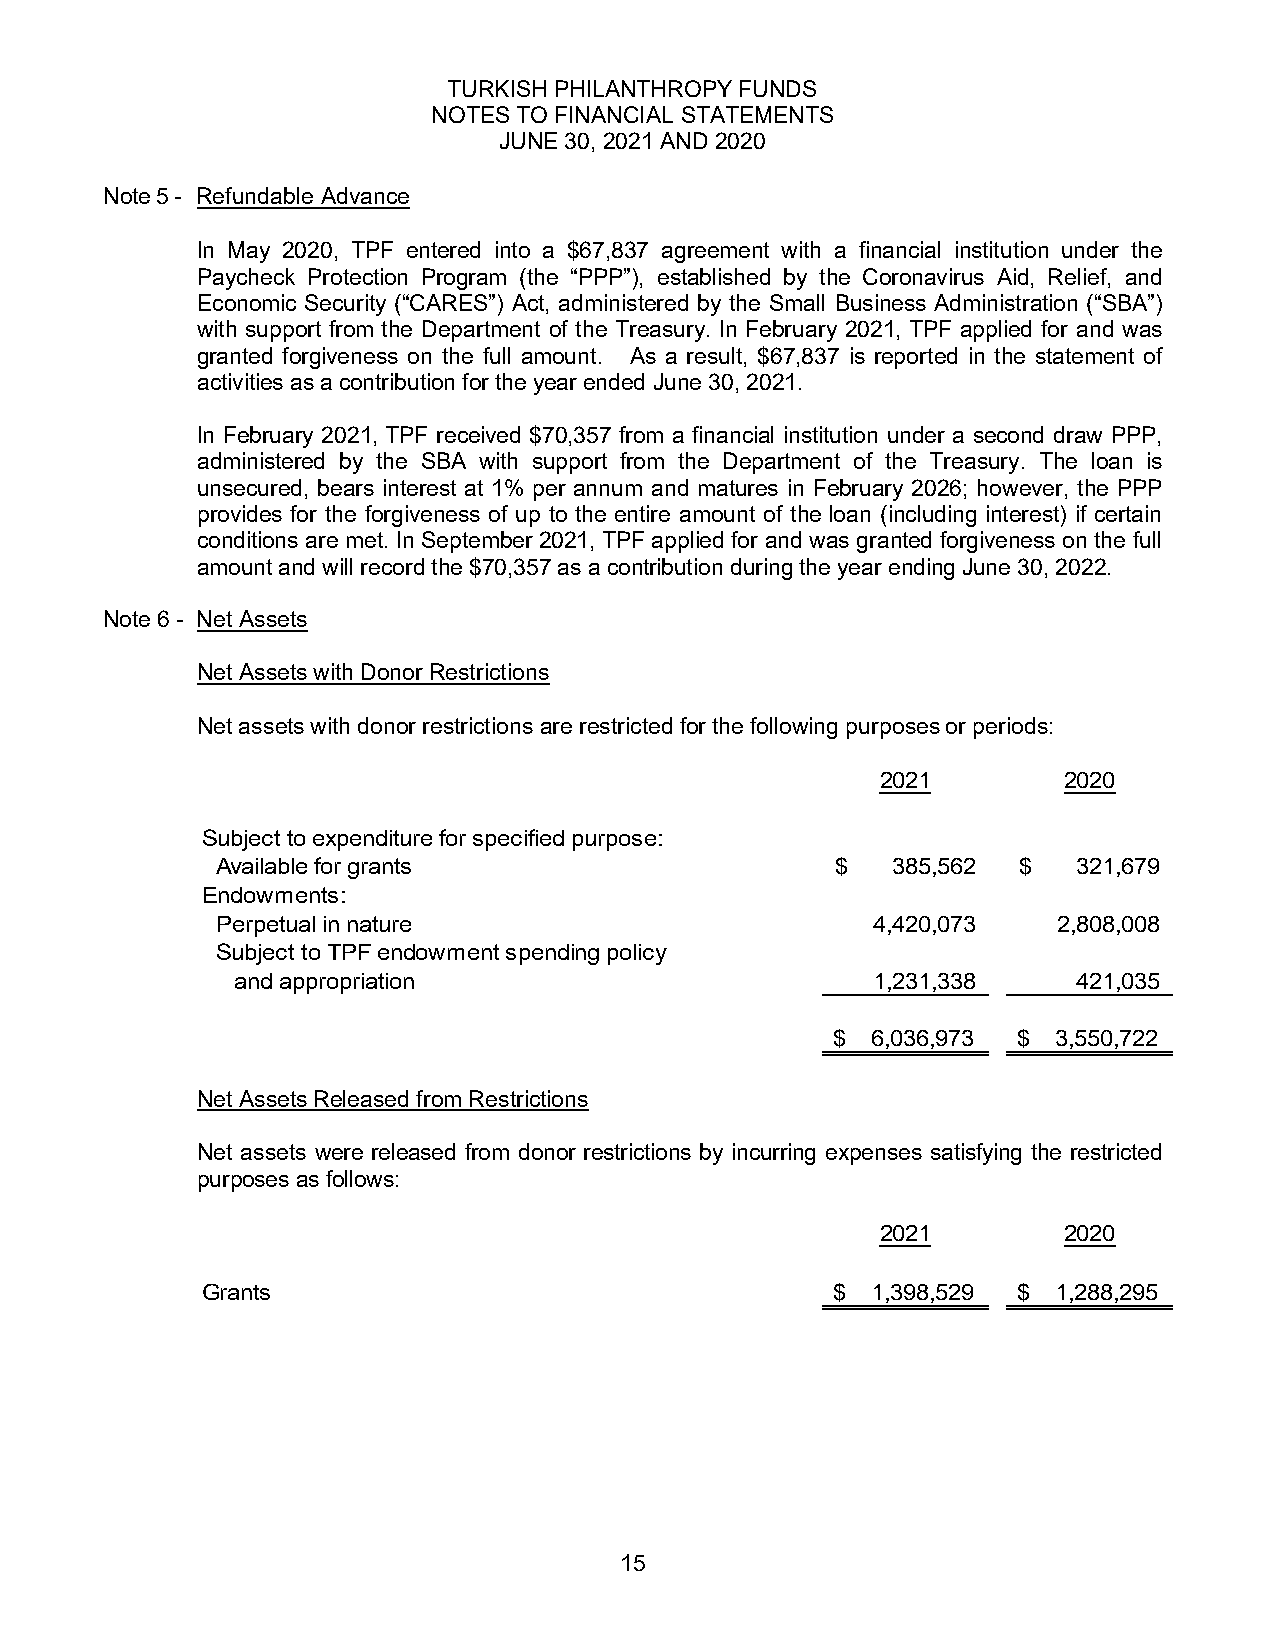
TURKISH PHILANTHROPY FUNDS
 NOTES TO FINANCIAL STATEMENTS
 JUNE 30, 2021 AND 2020
 Note 5 - Refundable Advance
 In May 2020, TPF entered into a $67,837 agreement with a financial institution under the
 Paycheck Protection Program (the “PPP”), established by the Coronavirus Aid, Relief, and
 Economic Security (“CARES”) Act, administered by the Small Business Administration (“SBA”)
 with support from the Department of the Treasury. In February 2021, TPF applied for and was
 granted forgiveness on the full amount. As a result, $67,837 is reported in the statement of
 activities as a contribution for the year ended June 30, 2021.
 In February 2021, TPF received $70,357 from a financial institution under a second draw PPP,
 administered by the SBA with support from the Department of the Treasury. The loan is
 unsecured, bears interest at 1% per annum and matures in February 2026; however, the PPP
 provides for the forgiveness of up to the entire amount of the loan (including interest) if certain
 conditions are met. In September 2021, TPF applied for and was granted forgiveness on the full
 amount and will record the $70,357 as a contribution during the year ending June 30, 2022.
 Note 6 - Net Assets
 Net Assets with Donor Restrictions
 Net assets with donor restrictions are restricted for the following purposes or periods:
 2021        2020
 Subject to expenditure for specified purpose:
 Available for grants                     $   385,562 $   321,679
 Endowments:
 Perpetual in nature                         4,420,073   2,808,008
 Subject to TPF endowment spending policy
 and appropriation                         1,231,338    421,035
 $  6,036,973 $ 3,550,722
 Net Assets Released from Restrictions
 Net assets were released from donor restrictions by incurring expenses satisfying the restricted
 purposes as follows:
 2021        2020
 Grants                                    $  1,398,529 $ 1,288,295
 15